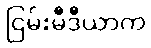
ငြမ်းမီဒီယာက